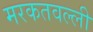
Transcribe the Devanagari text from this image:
मरकतवल्ली